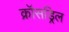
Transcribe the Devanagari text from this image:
क्रॉसड्रिल